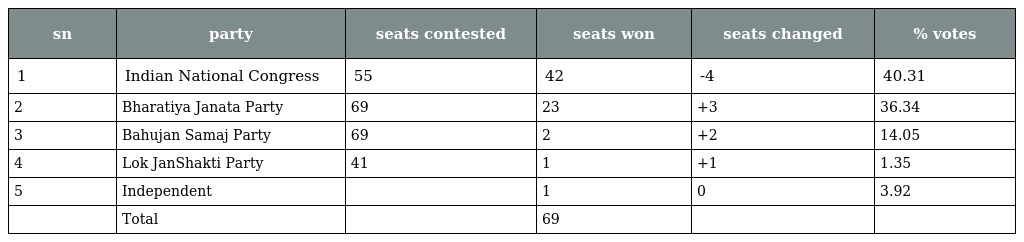
| sn | party | seats contested | seats won | seats changed | % votes |
 | --- | --- | --- | --- | --- | --- |
 | 1 | Indian National Congress | 55 | 42 | -4 | 40.31 |
 | 2 | Bharatiya Janata Party | 69 | 23 | +3 | 36.34 |
 | 3 | Bahujan Samaj Party | 69 | 2 | +2 | 14.05 |
 | 4 | Lok JanShakti Party | 41 | 1 | +1 | 1.35 |
 | 5 | Independent |  | 1 | 0 | 3.92 |
 |  | Total |  | 69 |  |  |